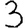
Digit: 3